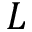
L